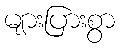
များပြားစွာ